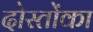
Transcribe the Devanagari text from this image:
दोस्तोंका